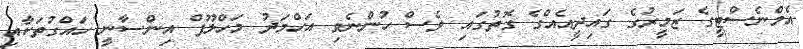
އެމްނެސްޓީގެ ޒަމީރުގެ ގައިދީއެއްގެ ގޮތުގައި ވެސް ހުންނެވި އަހްމަދު މަހްލޫފް އިންސާނީ ހައްގުތަކާއި